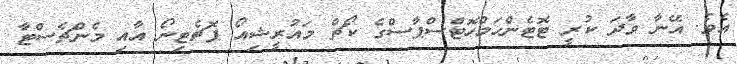
އެވެ. އޭނާ ވާދަ ކުރީ ޓޮޓެންހަމްހޮޓްސްޕާސްގެ ކޯޗް މައުރީޝިއޯ ޕޮޗެޓިނޯ އާއި މެންޗެސްޓާ